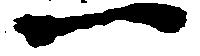
一